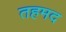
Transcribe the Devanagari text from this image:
तहमद